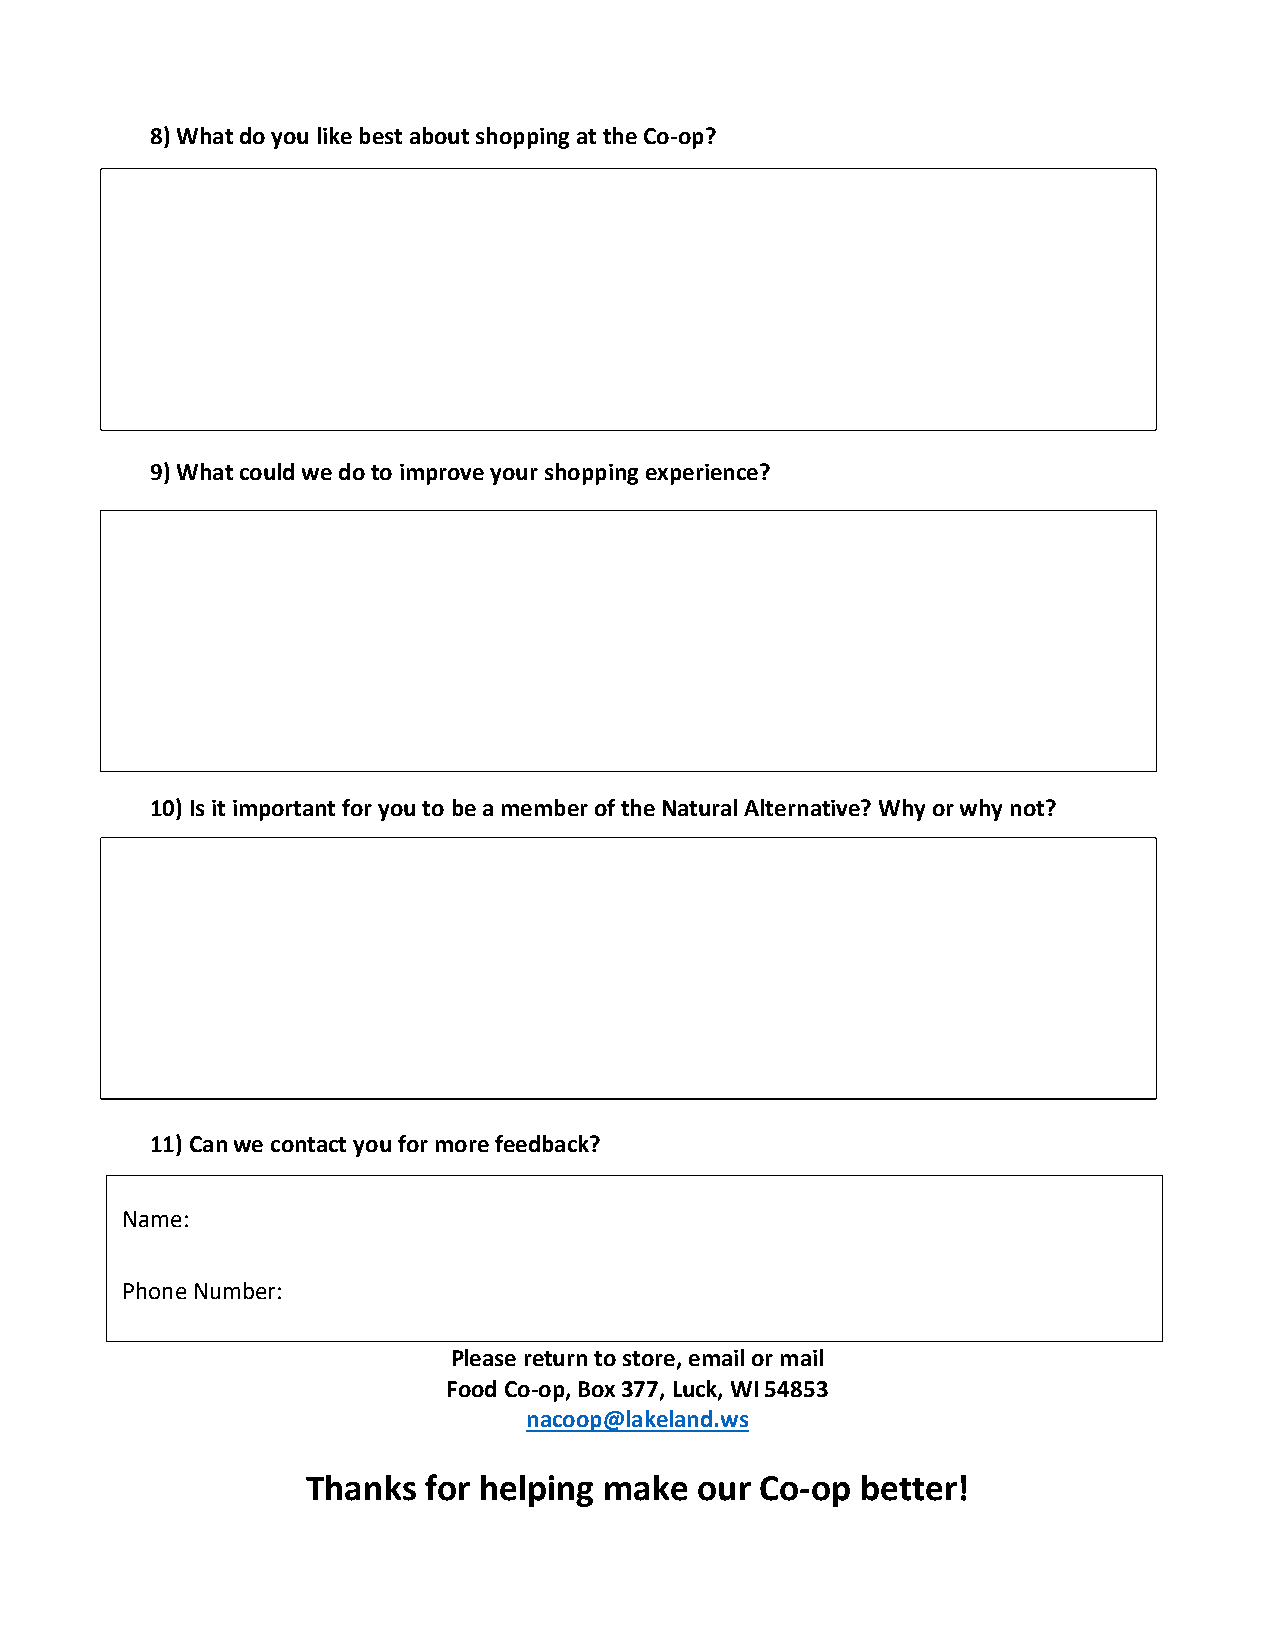
8) What do you like best about shopping at the Co-op?
 9) What could we do to improve your shopping experience?
 10) Is it important for you to be a member of the Natural Alternative? Why or why not?
 11) Can we contact you for more feedback?
 Name:
 Pho ne Number:
 Please return to store, email or mail
 Food Co-op, Box 377, Luck, WI 54853
 nacoop@lakeland.ws
 Thanks  for helping make  our Co-op  better!